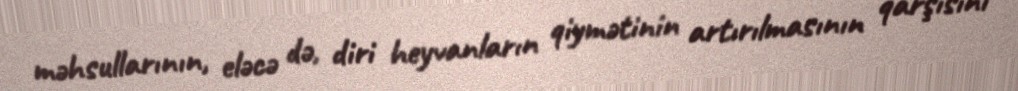
məhsullarının, eləcə də, diri heyvanların qiymətinin artırılmasının qarşısını